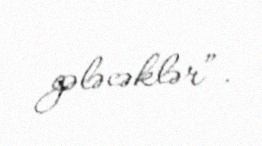
gələcəklər”.